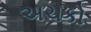
અચકો